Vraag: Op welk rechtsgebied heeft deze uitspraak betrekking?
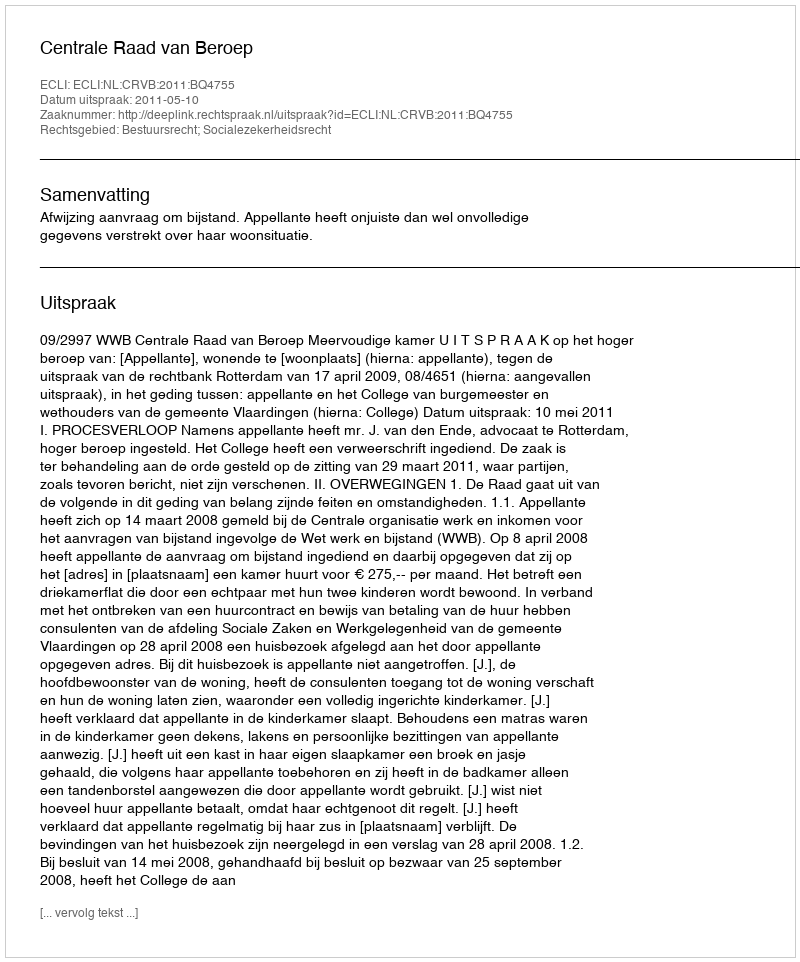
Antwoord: Bestuursrecht; Socialezekerheidsrecht